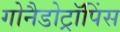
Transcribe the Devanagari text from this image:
गोनैडोट्रॉपिंस